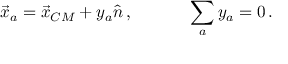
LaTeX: \begin{array} { c c } { { \vec { x } _ { a } = \vec { x } _ { C M } + y _ { a } \hat { n } \, , ~ ~ ~ ~ } } & { { ~ ~ ~ \displaystyle { \sum _ { a } } \, y _ { a } = 0 \, . } } \end{array}